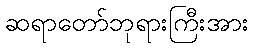
ဆရာတော်ဘုရားကြီးအား